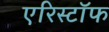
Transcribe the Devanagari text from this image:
एरिस्टॉफ